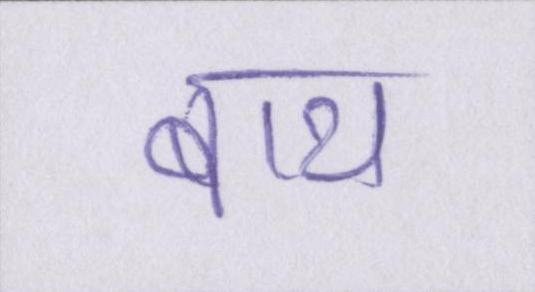
बाथ